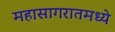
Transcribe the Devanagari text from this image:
महासागरातमध्ये